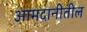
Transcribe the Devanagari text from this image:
आमदानीतील